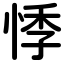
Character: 悸